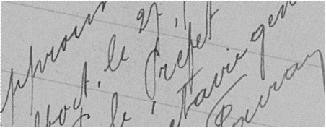
Approuvé. Belfort, le 27 septembre 1907 Pour le Préfet, le secrétaire général signé Fairau